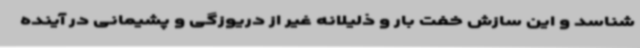
شناسد و این سازش خفت بار و ذلیلانه غیر از دریوزگی و پشیمانی در آینده